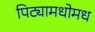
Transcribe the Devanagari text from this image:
पिट्यामधोमध